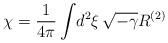
LaTeX: \begin{align*}\chi = {1\over4\pi} \int\! d^2\xi\, \sqrt{-\gamma}R^{(2)}\end{align*}